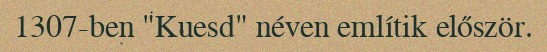
1307-ben "Kuesd" néven említik először.